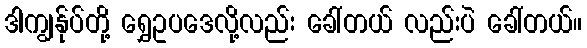
ဒါကျွန်ုပ်တို့ ရွှေဥပဒေလို့လည်း ခေါ်တယ် လည်းပဲ ခေါ်တယ်။